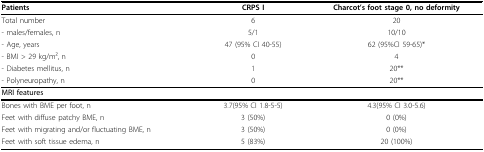
<table><thead><tr><td><b>Patients</b></td><td><b>CRPS I</b></td><td><b>Charcot&#x27;s foot stage 0, no deformity</b></td></tr></thead><tbody><tr><td>Total number</td><td>6</td><td>20</td></tr><tr><td>- males/females, n</td><td>5/1</td><td>10/10</td></tr><tr><td>- Age, years</td><td>47 (95% CI 40-55)</td><td>62 (95%CI 59-65)*</td></tr><tr><td>- BMI &gt; 29 kg/m2, n</td><td>0</td><td>4</td></tr><tr><td>- Diabetes mellitus, n</td><td>1</td><td>20**</td></tr><tr><td>- Polyneuropathy, n</td><td>0</td><td>20**</td></tr><tr><td><b>MRI features</b></td><td></td><td></td></tr><tr><td>Bones with BME per foot, n</td><td>3.7(95% CI 1.8-5-5)</td><td>4.3(95% CI 3.0-5.6)</td></tr><tr><td>Feet with diffuse patchy BME, n</td><td>3 (50%)</td><td>0 (0%)</td></tr><tr><td>Feet with migrating and/or fluctuating BME, n</td><td>3 (50%)</td><td>0 (0%)</td></tr><tr><td>Feet with soft tissue edema, n</td><td>5 (83%)</td><td>20 (100%)</td></tr></tbody></table>